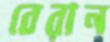
বেরান